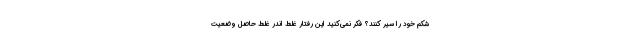
شکم خود را سیر کنند؟ فکر نمی‌کنید این رفتار غلط اندر غلط حاصل وضعیت